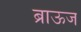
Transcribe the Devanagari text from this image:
ब्राऊज